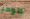
هومر